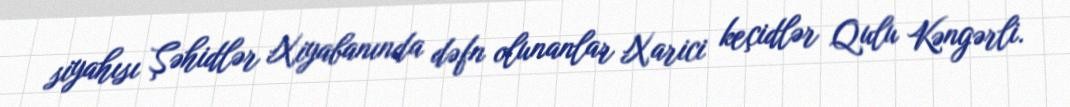
siyahısı Şəhidlər Xiyabanında dəfn olunanlar Xarici keçidlər Qulu Kəngərli.